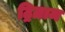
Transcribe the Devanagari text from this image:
ट्रिग्राम